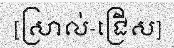
[ស្រាល់-ជ្រើស]